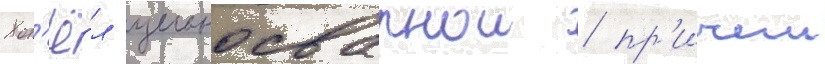
Кот'ё́л цельносварнои / пр'ичем